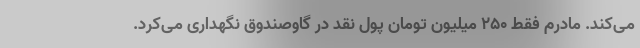
می‌کند. مادرم فقط ۲۵۰ میلیون تومان پول نقد در گاوصندوق نگهداری می‌کرد.